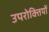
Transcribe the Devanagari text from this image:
उपरोक्तियों